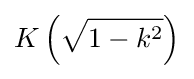
K\left({\sqrt {1-k^{2}}}\right)